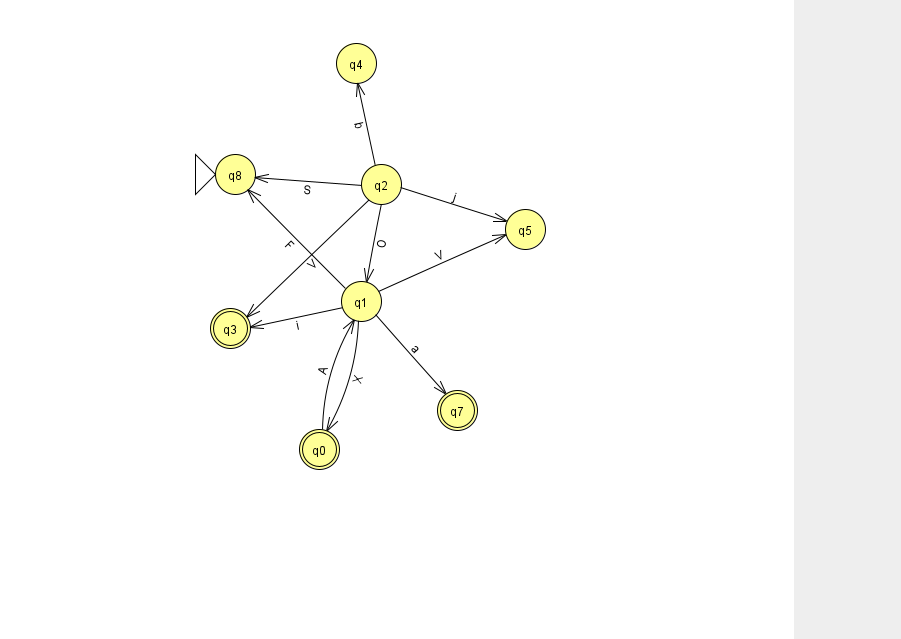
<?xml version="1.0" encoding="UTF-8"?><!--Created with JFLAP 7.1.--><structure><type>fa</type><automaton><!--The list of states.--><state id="0" name="q0"><x>319.0</x><y>436.0</y><final/></state><state id="1" name="q1"><x>361.0</x><y>288.0</y></state><state id="2" name="q2"><x>381.0</x><y>171.0</y></state><state id="3" name="q3"><x>230.0</x><y>315.0</y><final/></state><state id="4" name="q4"><x>356.0</x><y>50.0</y></state><state id="5" name="q5"><x>525.0</x><y>216.0</y></state><state id="7" name="q7"><x>457.0</x><y>397.0</y><final/></state><state id="8" name="q8"><x>235.0</x><y>161.0</y><initial/></state><!--The list of transitions.--><transition><from>2</from><to>3</to><read>V</read></transition><transition><from>0</from><to>1</to><read>A</read></transition><transition><from>2</from><to>4</to><read>b</read></transition><transition><from>2</from><to>5</to><read>j</read></transition><transition><from>1</from><to>7</to><read>a</read></transition><transition><from>1</from><to>3</to><read>i</read></transition><transition><from>2</from><to>1</to><read>O</read></transition><transition><from>1</from><to>5</to><read>V</read></transition><transition><from>2</from><to>8</to><read>S</read></transition><transition><from>1</from><to>0</to><read>X</read></transition><transition><from>1</from><to>8</to><read>F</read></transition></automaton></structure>